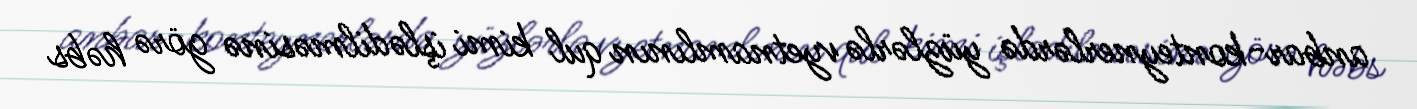
anbar-konteynerlərdə yüzlərlə vyetnamlının qul kimi işlədilməsinə görə həbs